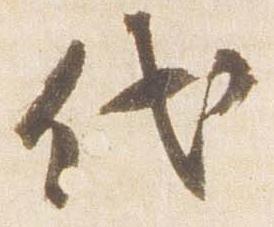
代